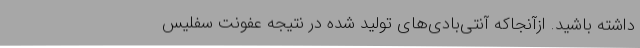
داشته باشید. ازآنجاکه آنتی‌بادی‌های تولید شده در نتیجه عفونت سفلیس